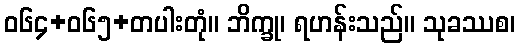
ဝ၆၄+၀၆၅+တပါးတုံ။ ဘိက္ခု၊ ရဟန်းသည်။ သုခဿစ၊